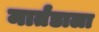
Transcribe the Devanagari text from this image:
मार्तंडाला